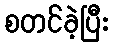
စတင်ခဲ့ပြီး